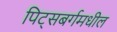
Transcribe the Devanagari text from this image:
पिट्सबर्गमधील